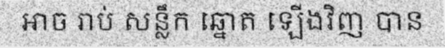
អាច រាប់ សន្លឹក ឆ្នោត ឡើងវិញ បាន